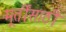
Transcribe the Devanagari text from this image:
मूर्तींसाठी